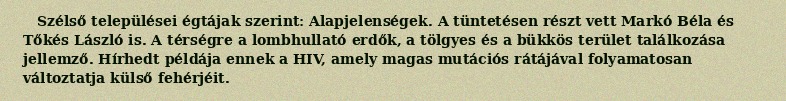
Szélső települései égtájak szerint: Alapjelenségek. A tüntetésen részt vett Markó Béla és Tőkés László is. A térségre a lombhullató erdők, a tölgyes és a bükkös terület találkozása jellemző. Hírhedt példája ennek a HIV, amely magas mutációs rátájával folyamatosan változtatja külső fehérjéit.